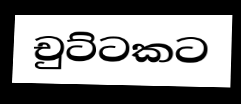
චුට්ටකට